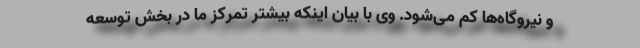
و نیروگاه‌ها کم می‌شود. وی با بیان اینکه بیشتر تمرکز ما در بخش توسعه